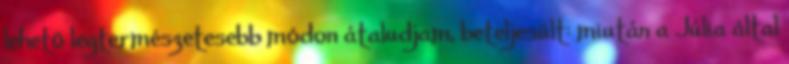
lehetõ legtermészetesebb módon átaludjam, beteljesült: miután a Júlia által